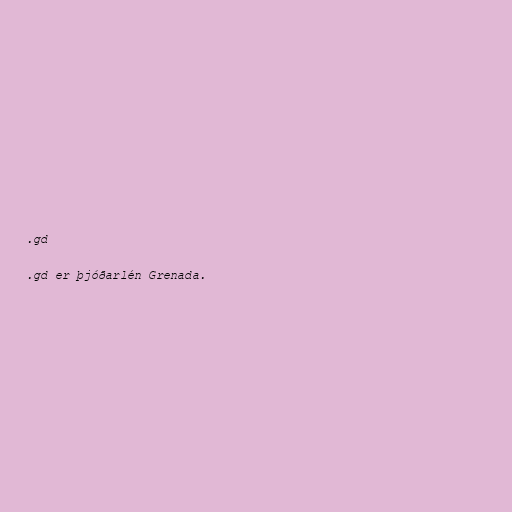
.gd

.gd er þjóðarlén Grenada.